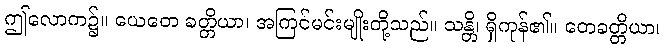
ဤလောက၌။ ယေတေ ခတ္တိယာ၊ အကြင်မင်းမျိုးတို့သည်။ သန္တိ၊ ရှိကုန်၏။ တေခတ္တိယာ၊